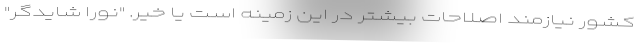
کشور نیازمند اصلاحات بیشتر در این زمینه است یا خیر. "نورا شایدگر"